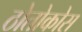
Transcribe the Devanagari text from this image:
ठोतोकोस